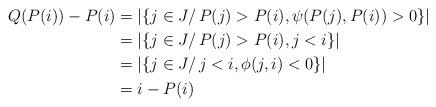
LaTeX: \begin{align*}Q(P(i))-P(i)&= |\{j\in J/\, P(j)>P(i), \psi(P(j),P(i))>0\}|\\&= |\{j\in J/\, P(j)>P(i), j<i\}|\\&= |\{j\in J/\, j<i,\phi(j,i)<0\}|\\&= i-P(i)\,\,\end{align*}